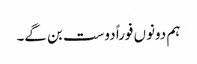
ہم دونوں فوراً دوست بن گے۔